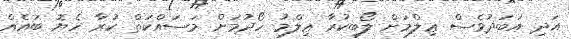
އަދި އަބަދުވެސް ޢިލްމަށް ލޯބިކުރާ ޢިލްމު ހޯދުމަށް މަސައްކަތް ކުރާ ހެޔޮ ބައެއް